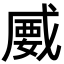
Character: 𢧦